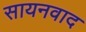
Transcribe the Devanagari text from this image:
सायनवाद